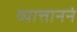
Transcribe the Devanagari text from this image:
व्यात्ताननं